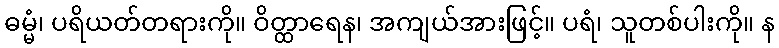
ဓမ္မံ၊ ပရိယတ်တရားကို။ ဝိတ္ထာရေန၊ အကျယ်အားဖြင့်။ ပရံ၊ သူတစ်ပါးကို။ န